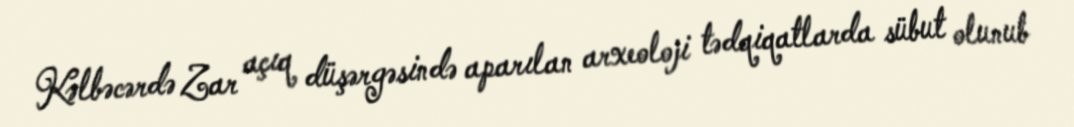
Kəlbəcərdə Zar açıq düşərgəsində aparılan arxeoloji tədqiqatlarda sübut olunub